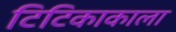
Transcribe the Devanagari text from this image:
टिटिकाकाला